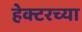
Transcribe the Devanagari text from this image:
हेक्टरच्या